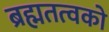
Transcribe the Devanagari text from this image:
ब्रह्मतत्वको